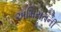
અમિરાતની